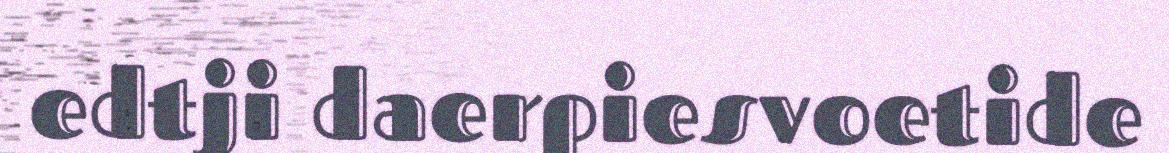
edtji daerpiesvoetide